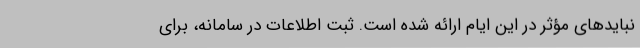
نبایدهای مؤثر در این ایام ارائه شده است. ثبت اطلاعات در سامانه، برای